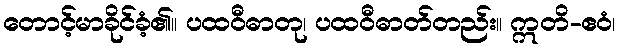
တောင့်မာခိုင်ခံ့၏။ ပထဝီဓာတု၊ ပထဝီဓာတ်တည်း။ ဣတိ-ဧဝံ၊